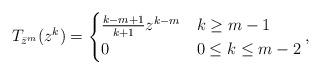
LaTeX: \begin{align*}T_{\bar{z}^m}(z^k) & = \begin{cases}\frac{k-m+1}{k+1}z^{k-m} & k\geq m-1\\0 & 0\leq k \leq m-2\end{cases},\end{align*}